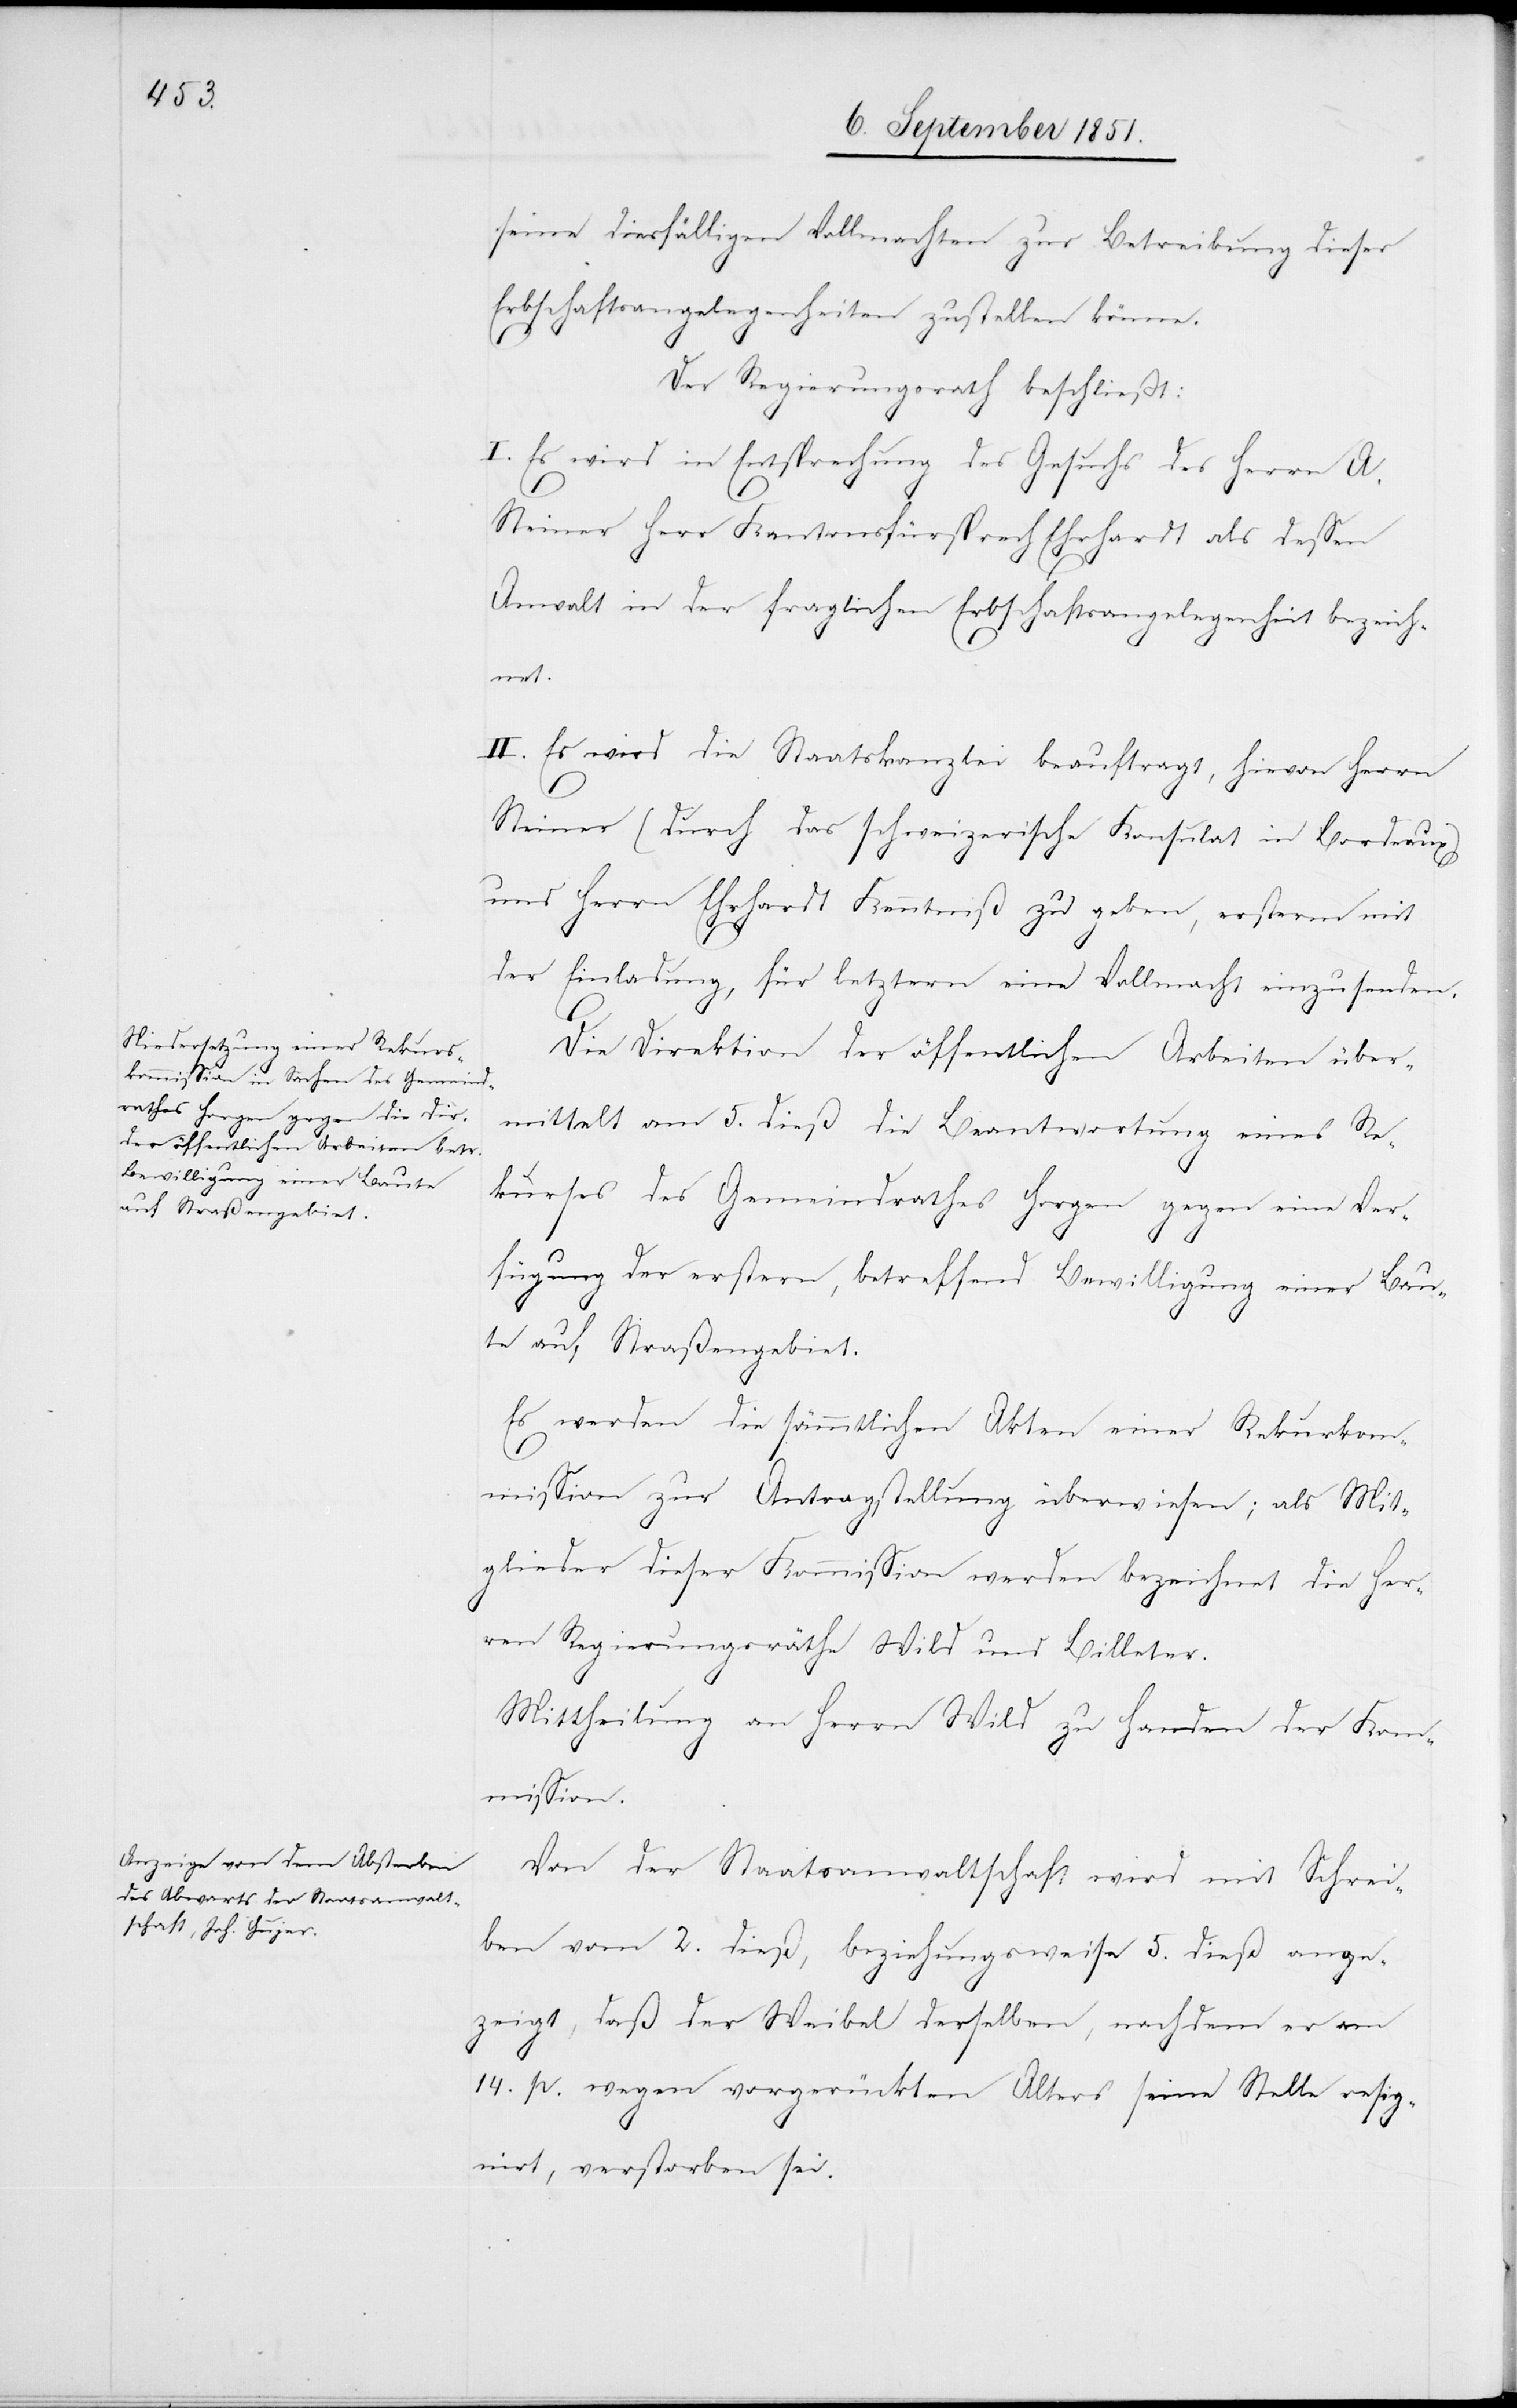
seine diesfälligen Vollmachten zur Betreibung dieser
Erbschaftsangelegenheiten zustellen könne.
Der Regierungsrath beschließt:
I. Es wird in Entsprechung des Gesuchs des Herrn A.
Steiner Herr Kantonsfürsprech Ehrhardt als dessen
Anwalt in der fraglichen Erbschaftsangelegenheit bezeich¬
net.
II. Es wird die Staatskanzlei beauftragt, hievon Herrn
Steiner (durch das schweizerische Konsulat in Bordeaux)
und Herrn Ehrhardt Kenntniß zu geben, ersterm mit
der Einladung, für letztern eine Vollmacht einzusenden.
Die Direktion der öffentlichen Arbeiten über¬
mittelt am 5. dieß die Beantwortung eines Re¬
kurses des Gemeindrathes Horgen gegen eine Ver¬
fügung der erstern, betreffend Bewilligung einer Bau¬
te auf Straßengebiet.
Es werden die sämmtlichen Akten einer Rekurskom¬
mission zur Antragstellung überwiesen; als Mit¬
glieder dieser Kommission werden bezeichnet die Her¬
ren Regierungsräthe Wild und Billeter.
Mittheilung an Herrn Wild zu Handen der Kom¬
mission.
Von der Staatsanwaltschaft wird mit Schrei¬
ben vom 2. dieß, beziehungsweise 5. dieß ange¬
zeigt, daß der Weibel derselben, nachdem er am
14. p. wegen vorgerückten Alters seine Stelle resig¬
nirt, verstorben sei.